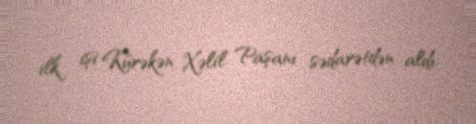
ilk işi Kürəkən Xəlil Paşanı sədarətdən aldı.